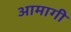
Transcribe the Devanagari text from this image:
आमागी